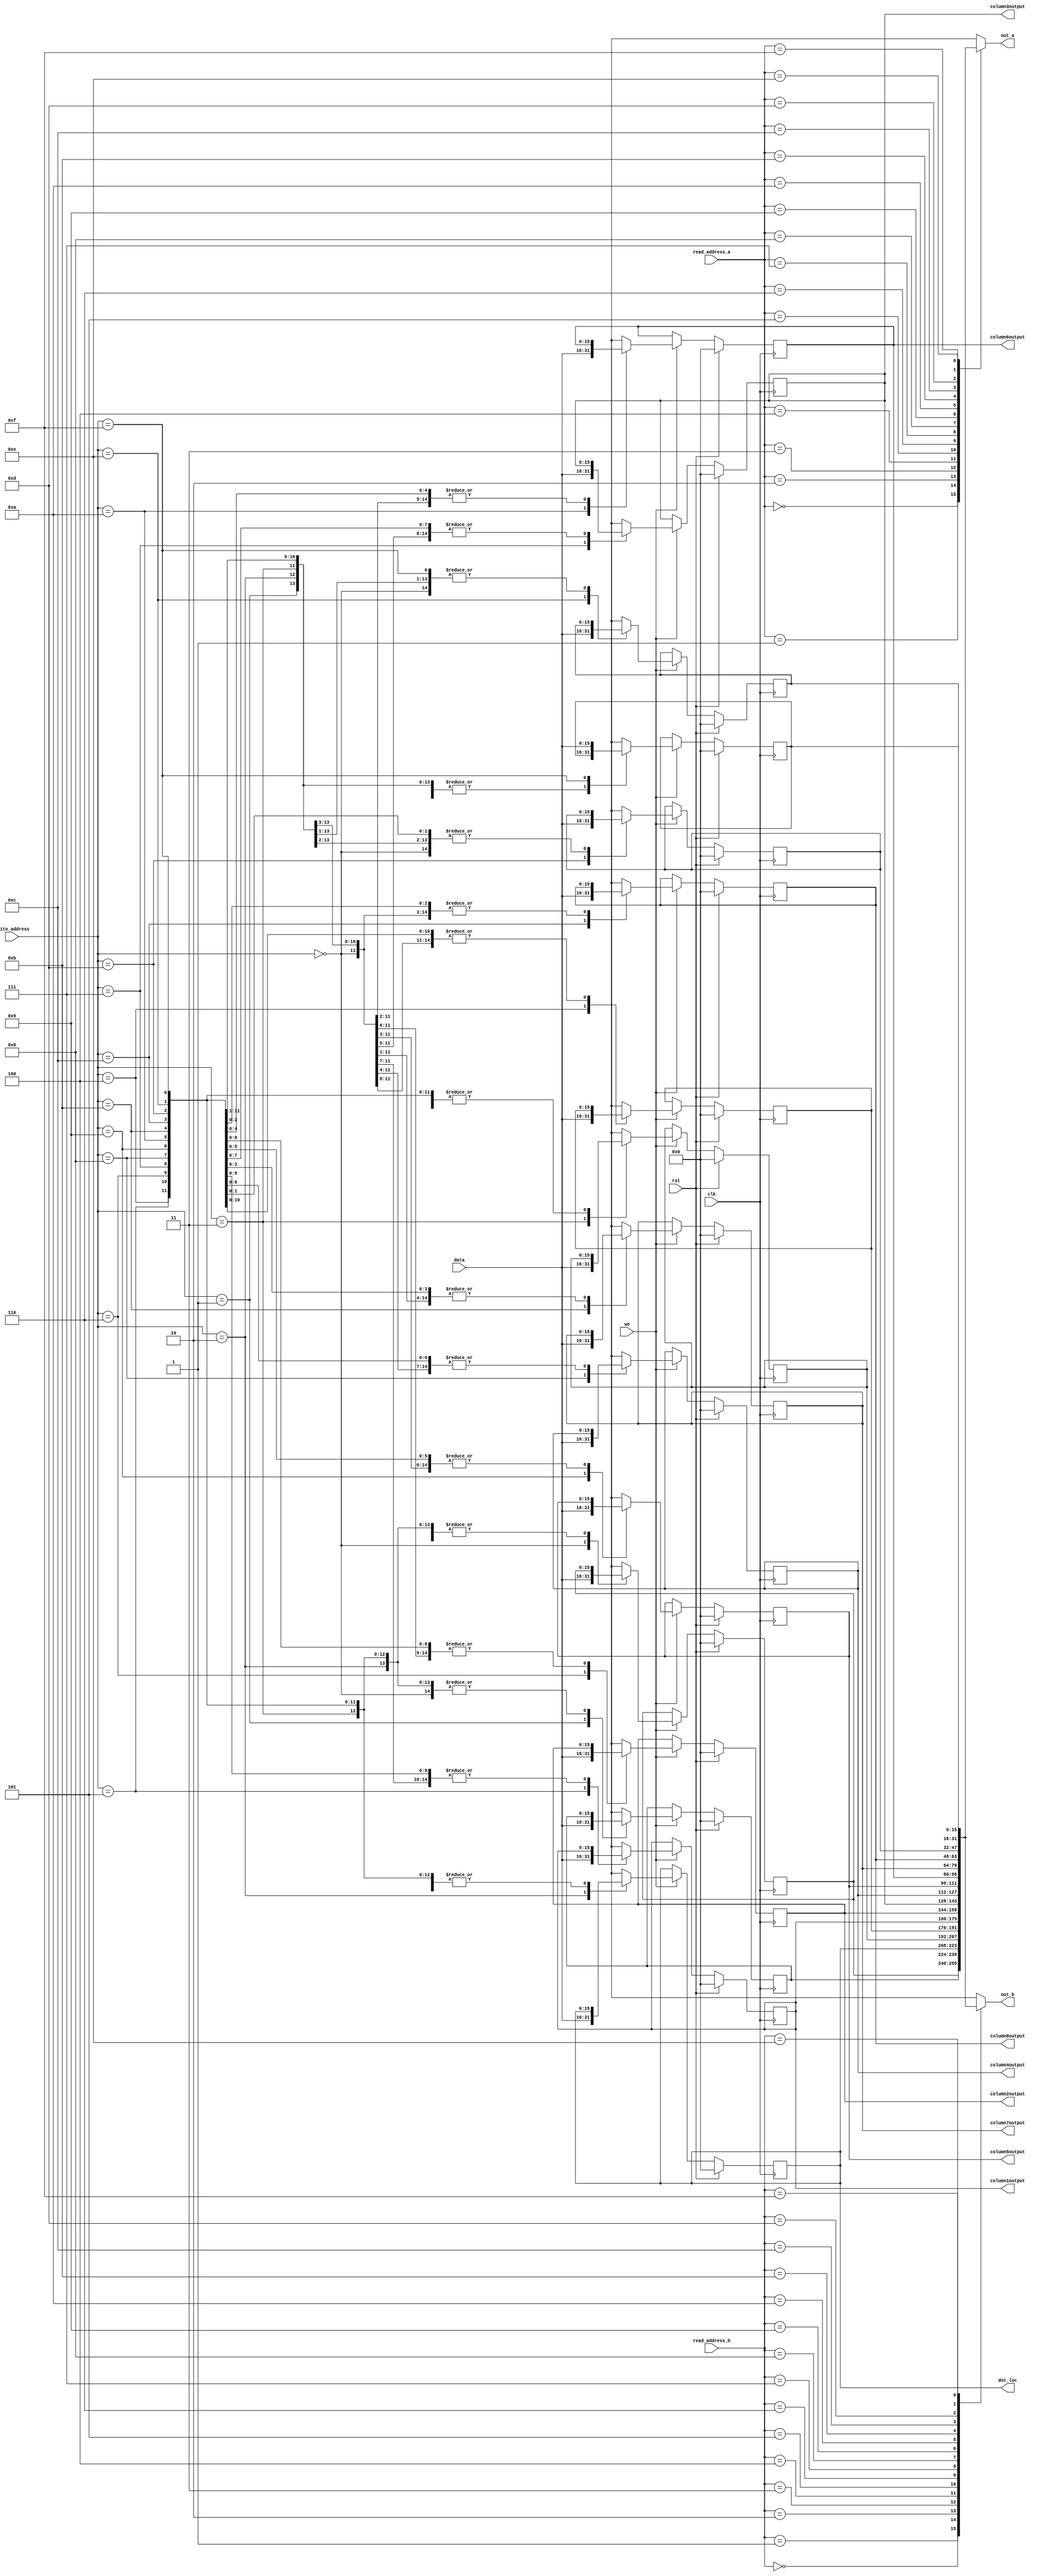
/*
   This file was generated automatically by Alchitry Labs version 1.2.7.
   Do not edit this file directly. Instead edit the original Lucid source.
   This is a temporary file and any changes made to it will be destroyed.
*/

module game_miniRegfiles_12 (
    input clk,
    input rst,
    input [3:0] write_address,
    input we,
    input [15:0] data,
    input [3:0] read_address_a,
    input [3:0] read_address_b,
    output reg [15:0] out_a,
    output reg [15:0] out_b,
    output reg [15:0] dot_loc,
    output reg [15:0] column1output,
    output reg [15:0] column2output,
    output reg [15:0] column3output,
    output reg [15:0] column4output,
    output reg [15:0] column5output,
    output reg [15:0] column6output,
    output reg [15:0] column7output,
    output reg [15:0] column8output
  );
  
  
  
  reg [15:0] M_high_score_d, M_high_score_q = 1'h0;
  reg [15:0] M_current_score_d, M_current_score_q = 1'h0;
  reg [15:0] M_dot_location_d, M_dot_location_q = 1'h0;
  reg [15:0] M_slow_counter_d, M_slow_counter_q = 1'h0;
  reg [15:0] M_collision_d, M_collision_q = 1'h0;
  reg [15:0] M_column1_d, M_column1_q = 1'h0;
  reg [15:0] M_column2_d, M_column2_q = 1'h0;
  reg [15:0] M_column3_d, M_column3_q = 1'h0;
  reg [15:0] M_column4_d, M_column4_q = 1'h0;
  reg [15:0] M_column5_d, M_column5_q = 1'h0;
  reg [15:0] M_column6_d, M_column6_q = 1'h0;
  reg [15:0] M_column7_d, M_column7_q = 1'h0;
  reg [15:0] M_column8_d, M_column8_q = 1'h0;
  reg [15:0] M_temp_var1_d, M_temp_var1_q = 1'h0;
  reg [15:0] M_temp_var2_d, M_temp_var2_q = 1'h0;
  reg [15:0] M_temp_var3_d, M_temp_var3_q = 1'h0;
  
  always @* begin
    M_column1_d = M_column1_q;
    M_dot_location_d = M_dot_location_q;
    M_column5_d = M_column5_q;
    M_column4_d = M_column4_q;
    M_temp_var1_d = M_temp_var1_q;
    M_column3_d = M_column3_q;
    M_temp_var2_d = M_temp_var2_q;
    M_column2_d = M_column2_q;
    M_temp_var3_d = M_temp_var3_q;
    M_slow_counter_d = M_slow_counter_q;
    M_collision_d = M_collision_q;
    M_current_score_d = M_current_score_q;
    M_column8_d = M_column8_q;
    M_column7_d = M_column7_q;
    M_column6_d = M_column6_q;
    M_high_score_d = M_high_score_q;
    
    dot_loc = M_dot_location_q;
    column1output = M_column1_q;
    column2output = M_column2_q;
    column3output = M_column3_q;
    column4output = M_column4_q;
    column5output = M_column5_q;
    column6output = M_column6_q;
    column7output = M_column7_q;
    column8output = M_column8_q;
    if (we) begin
      
      case (write_address)
        4'h0: begin
          M_high_score_d = data;
        end
        4'h1: begin
          M_current_score_d = data;
        end
        4'h2: begin
          M_dot_location_d = data;
        end
        4'h3: begin
          M_slow_counter_d = data;
        end
        4'h4: begin
          M_collision_d = data;
        end
        4'h5: begin
          M_column1_d = data;
        end
        4'h6: begin
          M_column2_d = data;
        end
        4'h7: begin
          M_column3_d = data;
        end
        4'h8: begin
          M_column4_d = data;
        end
        4'h9: begin
          M_column5_d = data;
        end
        4'ha: begin
          M_column6_d = data;
        end
        4'hb: begin
          M_column7_d = data;
        end
        4'hc: begin
          M_column8_d = data;
        end
        4'hd: begin
          M_temp_var1_d = data;
        end
        4'he: begin
          M_temp_var2_d = data;
        end
        4'hf: begin
          M_temp_var3_d = data;
        end
      endcase
    end
    
    case (read_address_a)
      4'h0: begin
        out_a = M_high_score_q;
      end
      4'h1: begin
        out_a = M_current_score_q;
      end
      4'h2: begin
        out_a = M_dot_location_q;
      end
      4'h3: begin
        out_a = M_slow_counter_q;
      end
      4'h4: begin
        out_a = M_collision_q;
      end
      4'h5: begin
        out_a = M_column1_q;
      end
      4'h6: begin
        out_a = M_column2_q;
      end
      4'h7: begin
        out_a = M_column3_q;
      end
      4'h8: begin
        out_a = M_column4_q;
      end
      4'h9: begin
        out_a = M_column5_q;
      end
      4'ha: begin
        out_a = M_column6_q;
      end
      4'hb: begin
        out_a = M_column7_q;
      end
      4'hc: begin
        out_a = M_column8_q;
      end
      4'hd: begin
        out_a = M_temp_var1_q;
      end
      4'he: begin
        out_a = M_temp_var2_q;
      end
      4'hf: begin
        out_a = M_temp_var3_q;
      end
      default: begin
        out_a = 1'h0;
      end
    endcase
    
    case (read_address_b)
      4'h0: begin
        out_b = M_high_score_q;
      end
      4'h1: begin
        out_b = M_current_score_q;
      end
      4'h2: begin
        out_b = M_dot_location_q;
      end
      4'h3: begin
        out_b = M_slow_counter_q;
      end
      4'h4: begin
        out_b = M_collision_q;
      end
      4'h5: begin
        out_b = M_column1_q;
      end
      4'h6: begin
        out_b = M_column2_q;
      end
      4'h7: begin
        out_b = M_column3_q;
      end
      4'h8: begin
        out_b = M_column4_q;
      end
      4'h9: begin
        out_b = M_column5_q;
      end
      4'ha: begin
        out_b = M_column6_q;
      end
      4'hb: begin
        out_b = M_column7_q;
      end
      4'hc: begin
        out_b = M_column8_q;
      end
      4'hd: begin
        out_b = M_temp_var1_q;
      end
      4'he: begin
        out_b = M_temp_var2_q;
      end
      4'hf: begin
        out_b = M_temp_var3_q;
      end
      default: begin
        out_b = 1'h0;
      end
    endcase
  end
  
  always @(posedge clk) begin
    if (rst == 1'b1) begin
      M_high_score_q <= 1'h0;
      M_current_score_q <= 1'h0;
      M_dot_location_q <= 1'h0;
      M_slow_counter_q <= 1'h0;
      M_collision_q <= 1'h0;
      M_column1_q <= 1'h0;
      M_column2_q <= 1'h0;
      M_column3_q <= 1'h0;
      M_column4_q <= 1'h0;
      M_column5_q <= 1'h0;
      M_column6_q <= 1'h0;
      M_column7_q <= 1'h0;
      M_column8_q <= 1'h0;
      M_temp_var1_q <= 1'h0;
      M_temp_var2_q <= 1'h0;
      M_temp_var3_q <= 1'h0;
    end else begin
      M_high_score_q <= M_high_score_d;
      M_current_score_q <= M_current_score_d;
      M_dot_location_q <= M_dot_location_d;
      M_slow_counter_q <= M_slow_counter_d;
      M_collision_q <= M_collision_d;
      M_column1_q <= M_column1_d;
      M_column2_q <= M_column2_d;
      M_column3_q <= M_column3_d;
      M_column4_q <= M_column4_d;
      M_column5_q <= M_column5_d;
      M_column6_q <= M_column6_d;
      M_column7_q <= M_column7_d;
      M_column8_q <= M_column8_d;
      M_temp_var1_q <= M_temp_var1_d;
      M_temp_var2_q <= M_temp_var2_d;
      M_temp_var3_q <= M_temp_var3_d;
    end
  end
  
endmodule